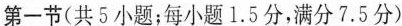
第一节(共5小题;每小题 1.5 分,满分7.5分)